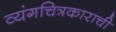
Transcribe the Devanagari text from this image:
व्यंगचित्रकाराची